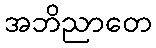
အဘိညာတေ